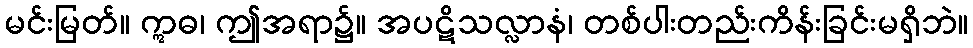
မင်းမြတ်။ ဣဓ၊ ဤအရာ၌။ အပဋိသလ္လာနံ၊ တစ်ပါးတည်းကိန်းခြင်းမရှိဘဲ။